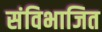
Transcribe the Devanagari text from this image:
संविभाजित